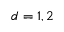
d = 1 , 2